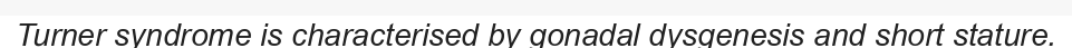
Turner syndrome is characterised by gonadal dysgenesis and short stature.